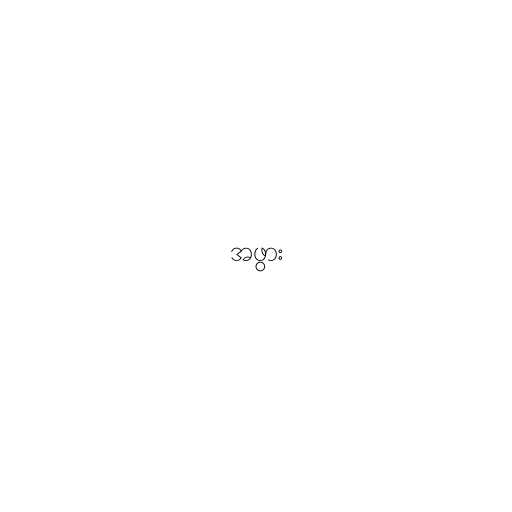
အဖွား